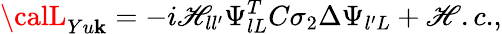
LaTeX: {\calL}_{Yu\mathbf{k}}=-i\mathscr{H}_{ll^{\prime}}\Psi_{lL}^{T}C\sigma_{2}\Delta\Psi_{l^{\prime}L}+{\mathscr{H}.c.},